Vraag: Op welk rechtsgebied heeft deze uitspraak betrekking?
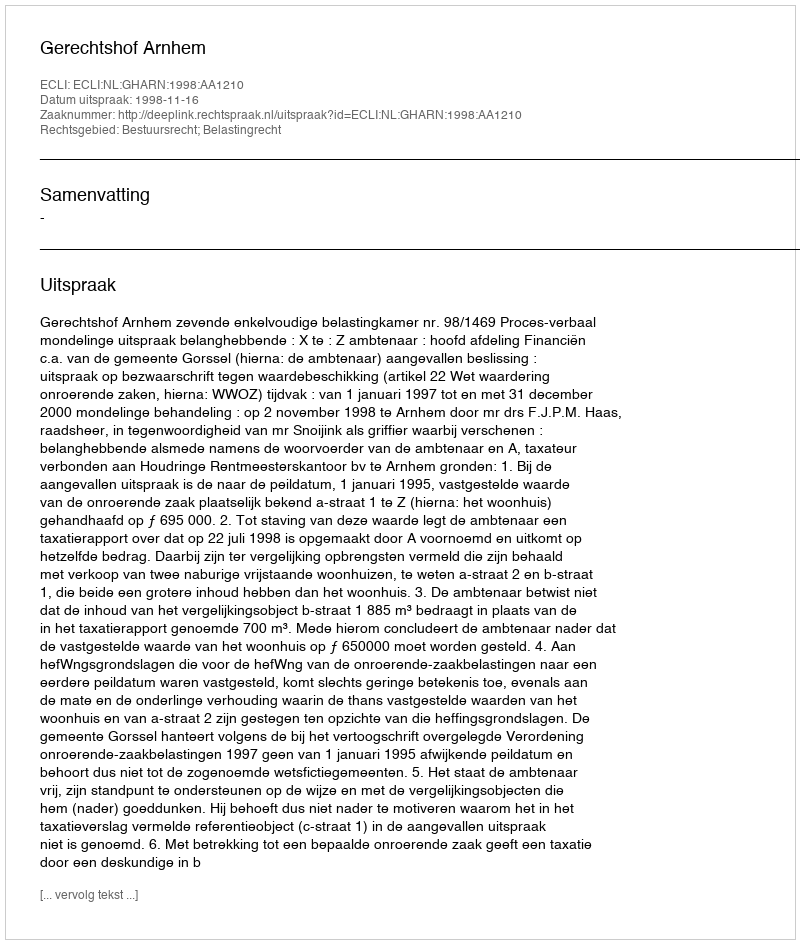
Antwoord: Bestuursrecht; Belastingrecht